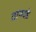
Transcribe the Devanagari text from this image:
तानवडे